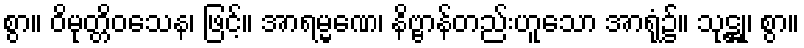
စွာ။ ဝိမုတ္တိဝသေန၊ ဖြင့်။ အာရမ္မဏေ၊ နိဗ္ဗာန်တည်းဟူသော အာရုံ၌။ သုဋ္ဌု၊ စွာ။